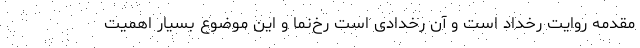
مقدمه روایت رخداد است و آن رخدادی است رخ‌نما و این موضوع بسیار اهمیت